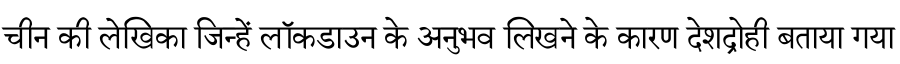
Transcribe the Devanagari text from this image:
चीन की लेखिका जिन्हें लॉकडाउन के अनुभव लिखने के कारण देशद्रोही बताया गया